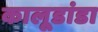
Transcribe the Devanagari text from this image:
कालूडांडा